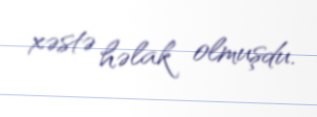
xəstə həlak olmuşdu.